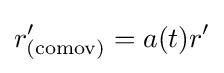
r'_{({\text{comov}})}=a(t)r'